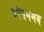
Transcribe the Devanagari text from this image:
बोधगमय